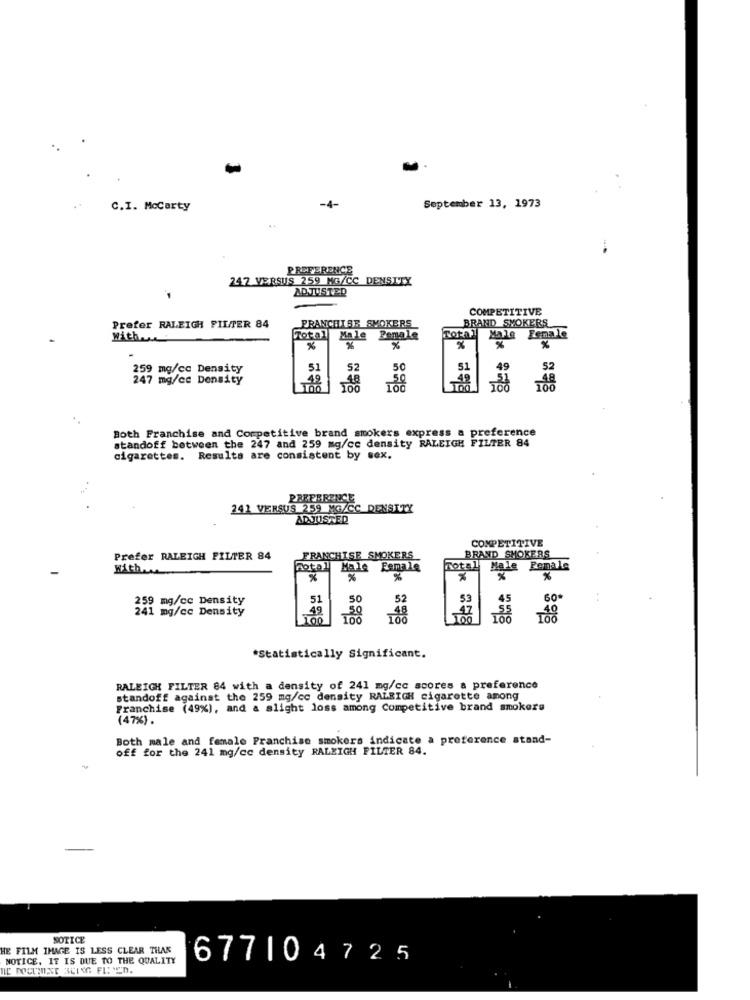
C.I. Mccarty
-4-
September 13, 1973
PREFERENCE
247 VERSUS 259 MG/CC DENSITY
ADJUSTED
COMPETITIVE
BRAND SMOKERS
Prefer RALEIGH FILTER 84
FRANCHISE SMOKERS
Total
With ....
Total
Male
Penale
Male Female
%
%
%
259 mg/cc Density
51
49
52
247 mg/ce Density
-49
48
-42
100
Both Franchise and Competitive brand smokers express a preference
standoff between the 247 and 259 mg/ce density RALEIGH FILTER 84
cigarettes. Results are consistent by sex.
PREFERENCE
241 VERSUS 259 MG/CC DENSITY
ADJUSTED
COMPETITIVE
Prefer RALEIGH FILTER 84
FRANCHISE SMOKERS
BRAND SMOKERS
With.
Total
Male Female
Total
Male Female
%
%
%
%
%
51
50
45
60*
259 mg/cc Density
241 mg/cc Density
49
50
100
*Statistically Significant.
RALEIGH FILTER 84 with a density of 241 mg/cc scores a preference
standoff against the 259 mg/cc density RALEIGH cigarette among
Franchise (49%), and a slight loss among Competitive brand smokers
(47%) .
Both male and female Franchise smokers indicate a preference stand-
off for the 241 mg/cc density RALEIGH FILTER 84.
NOTICE
HE FILM IMAGE IS LESS CLEAR THAN
NOTICE. IT IS DUE TO THE QUALITY
677104725
DE DOCUTEXT 3CING FIRED.